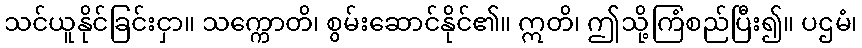
သင်ယူနိုင်ခြင်းငှာ။ သက္ကောတိ၊ စွမ်းဆောင်နိုင်၏။ ဣတိ၊ ဤသို့ကြံစည်ပြီး၍။ ပဌမံ၊